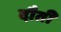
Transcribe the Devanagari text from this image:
दौती